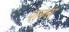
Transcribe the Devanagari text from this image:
पलस